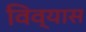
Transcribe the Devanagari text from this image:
विव्यास